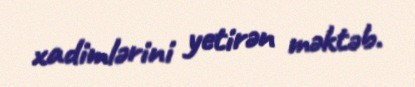
xadimlərini yetirən məktəb.